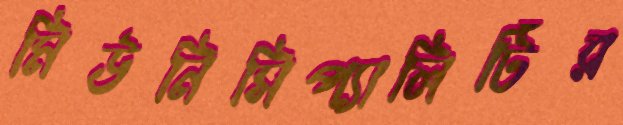
মিউনিসিপ্যালিটির